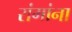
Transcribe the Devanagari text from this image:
रांगांना